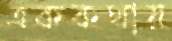
এককথায়